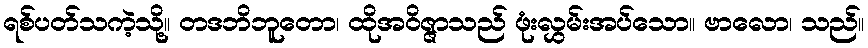
ရစ်ပတ်သကဲ့သို့။ တဒဘိဘူတော၊ ထိုအဝိဇ္ဇာသည် ဖုံးလွှမ်းအပ်သော။ ဗာလော၊ သည်။